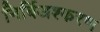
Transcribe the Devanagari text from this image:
निर्बिअश्करण